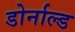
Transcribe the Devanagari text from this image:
डोर्नाल्ड